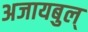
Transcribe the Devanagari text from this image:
अजायबुल्